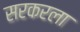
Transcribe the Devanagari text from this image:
सरकरला